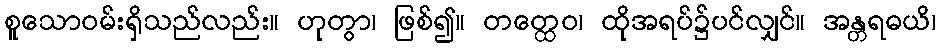
စူသောဝမ်းရှိသည်လည်း။ ဟုတွာ၊ ဖြစ်၍။ တတ္ထေဝ၊ ထိုအရပ်၌ပင်လျှင်။ အန္တရဓယိ၊